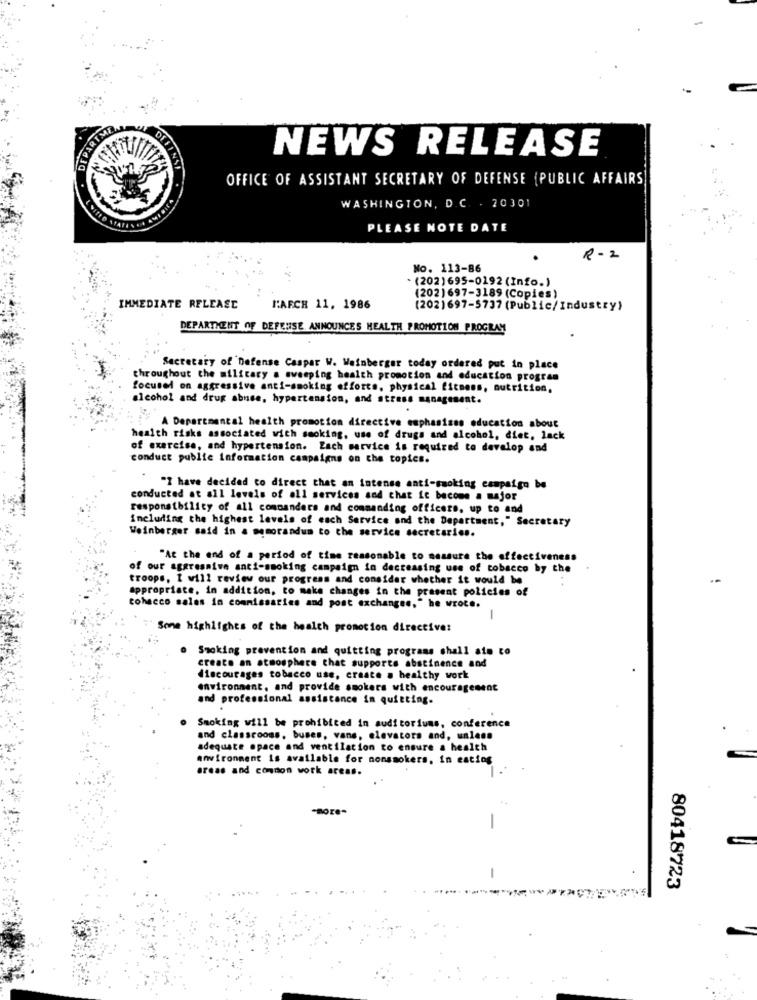
DEPARIMI
NEWS RELEASE
DEFIN
OFFICE OF ASSISTANT SECRETARY OF DEFENSE (PUBLIC AFFAIRS
WASHINGTON, D.C . 20301
PLEASE NOTE DATE
R-2
No. 113-86
. (202)695-0192 (Info.)
(202)697-3189 (Copies)
IMMEDIATE RELEASE
N:AFCH 11, 1986
(202)697-5737 (Public/Industry)
DEPARTMENT OF DEFENSE ANNOUNCES HEALTH PROMOTION PROGRAM
Secretary of Defense Caspar W. Weinberger today ordered put in place
throughout the military a sweeping health promotion and education program
focused on aggressive anti-smoking efforts, physical fitness, nutrition,
alcohol and drug abuse, hypertension, and stress management.
A Departmental health promotion directive emphasises education about
health risks associated with smoking, use of drugs and alcohol, diet, lack
of exercise, and hypertension. Zach service is required to develop and
conduct publie information campaigns on the topics.
"I have decided to direct that an intense anti-smoking campaign be
conducted at all levels of all services and chat ic become a major
responsibility of all commanders and commanding officers, up to and
including the highest levels of each Service and the Department," Secretary
Weinberger said in a memorandum to the service secretaries.
"At the end of a period of time reasonable to measure the effectiveness
of our aggressive anti-smoking campaign in decreasing use of tobacco by the
troops, I will review our progress and consider whether it would be
appropriate, in addition, to make changes in the present policies of
tobacco salas in commissaries and post exchanges," he wrote.
1
7' Sone highlights of the health promotion directive:
. Smoking prevention and quitting programs chall ate to
create an atmosphere that supports abstinence and
discourages tobacco use, create . healthy work
environment, and provide smokers with encouragement
and professional assistance in quitting.
Smoking will be prohibited in auditoriums, conference
and classrooms, buses, vans, elevators and, unless
adequate space and ventilation to ensure a health
environment is available for nonsmokers, in eating
areas and common work areas.
80418723